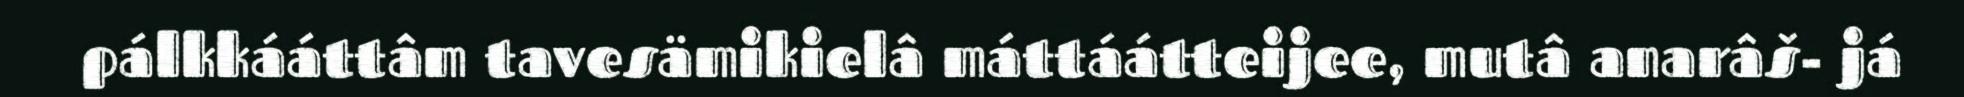
pálkkááttâm tavesämikielâ máttáátteijee, mutâ anarâš- já